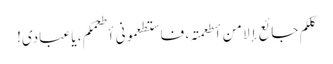
کلکم جائع إلا من أطعمتہ، فاستطعمونی أطعمکم، یا عبادی!